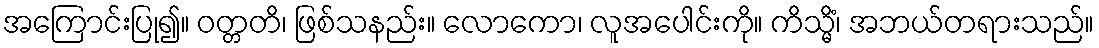
အကြောင်းပြု၍။ ဝတ္တတိ၊ ဖြစ်သနည်း။ လောကော၊ လူအပေါင်းကို။ ကိသ္မိံ၊ အဘယ်တရားသည်။